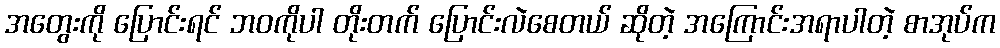
အတွေးကို ပြောင်းရင် ဘဝကိုပါ တိုးတက် ပြောင်းလဲစေတယ် ဆိုတဲ့ အကြောင်းအရာပါတဲ့ စာအုပ်က